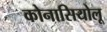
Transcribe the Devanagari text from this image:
कोनासियोलू